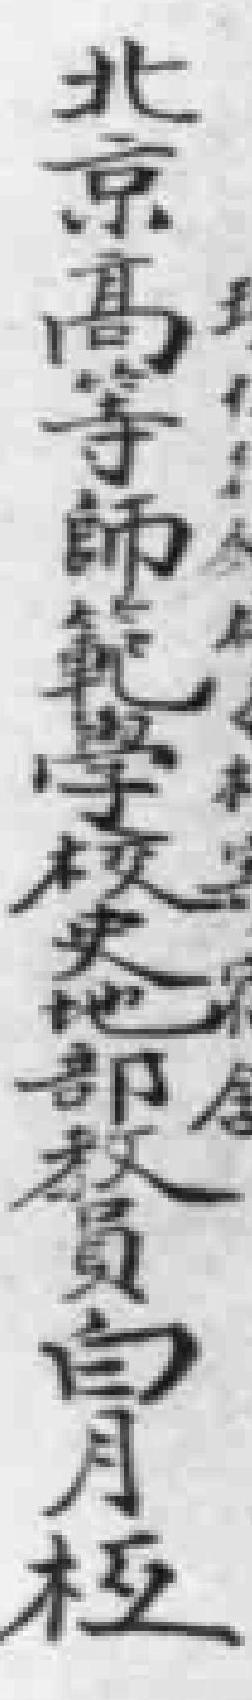
北京高等師範學校史地部教員白月桓